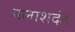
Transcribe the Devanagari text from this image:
पलाशदंड